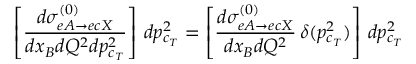
\left[ \frac { d { \sigma } _ { e A \rightarrow e c X } ^ { ( 0 ) } } { d x _ { B } d Q ^ { 2 } d p _ { c _ { T } } ^ { 2 } } \right] \, d p _ { c _ { T } } ^ { 2 } = \left[ \frac { d { \sigma } _ { e A \rightarrow e c X } ^ { ( 0 ) } } { d x _ { B } d Q ^ { 2 } } \, \delta ( p _ { c _ { T } } ^ { 2 } ) \right] \, d p _ { c _ { T } } ^ { 2 }